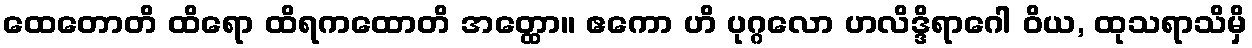
ထေတောတိ ထိရော ထိရကထောတိ အတ္ထော။ ဧကော ဟိ ပုဂ္ဂလော ဟလိဒ္ဒိရာဂေါ ဝိယ, ထုသရာသိမှိ